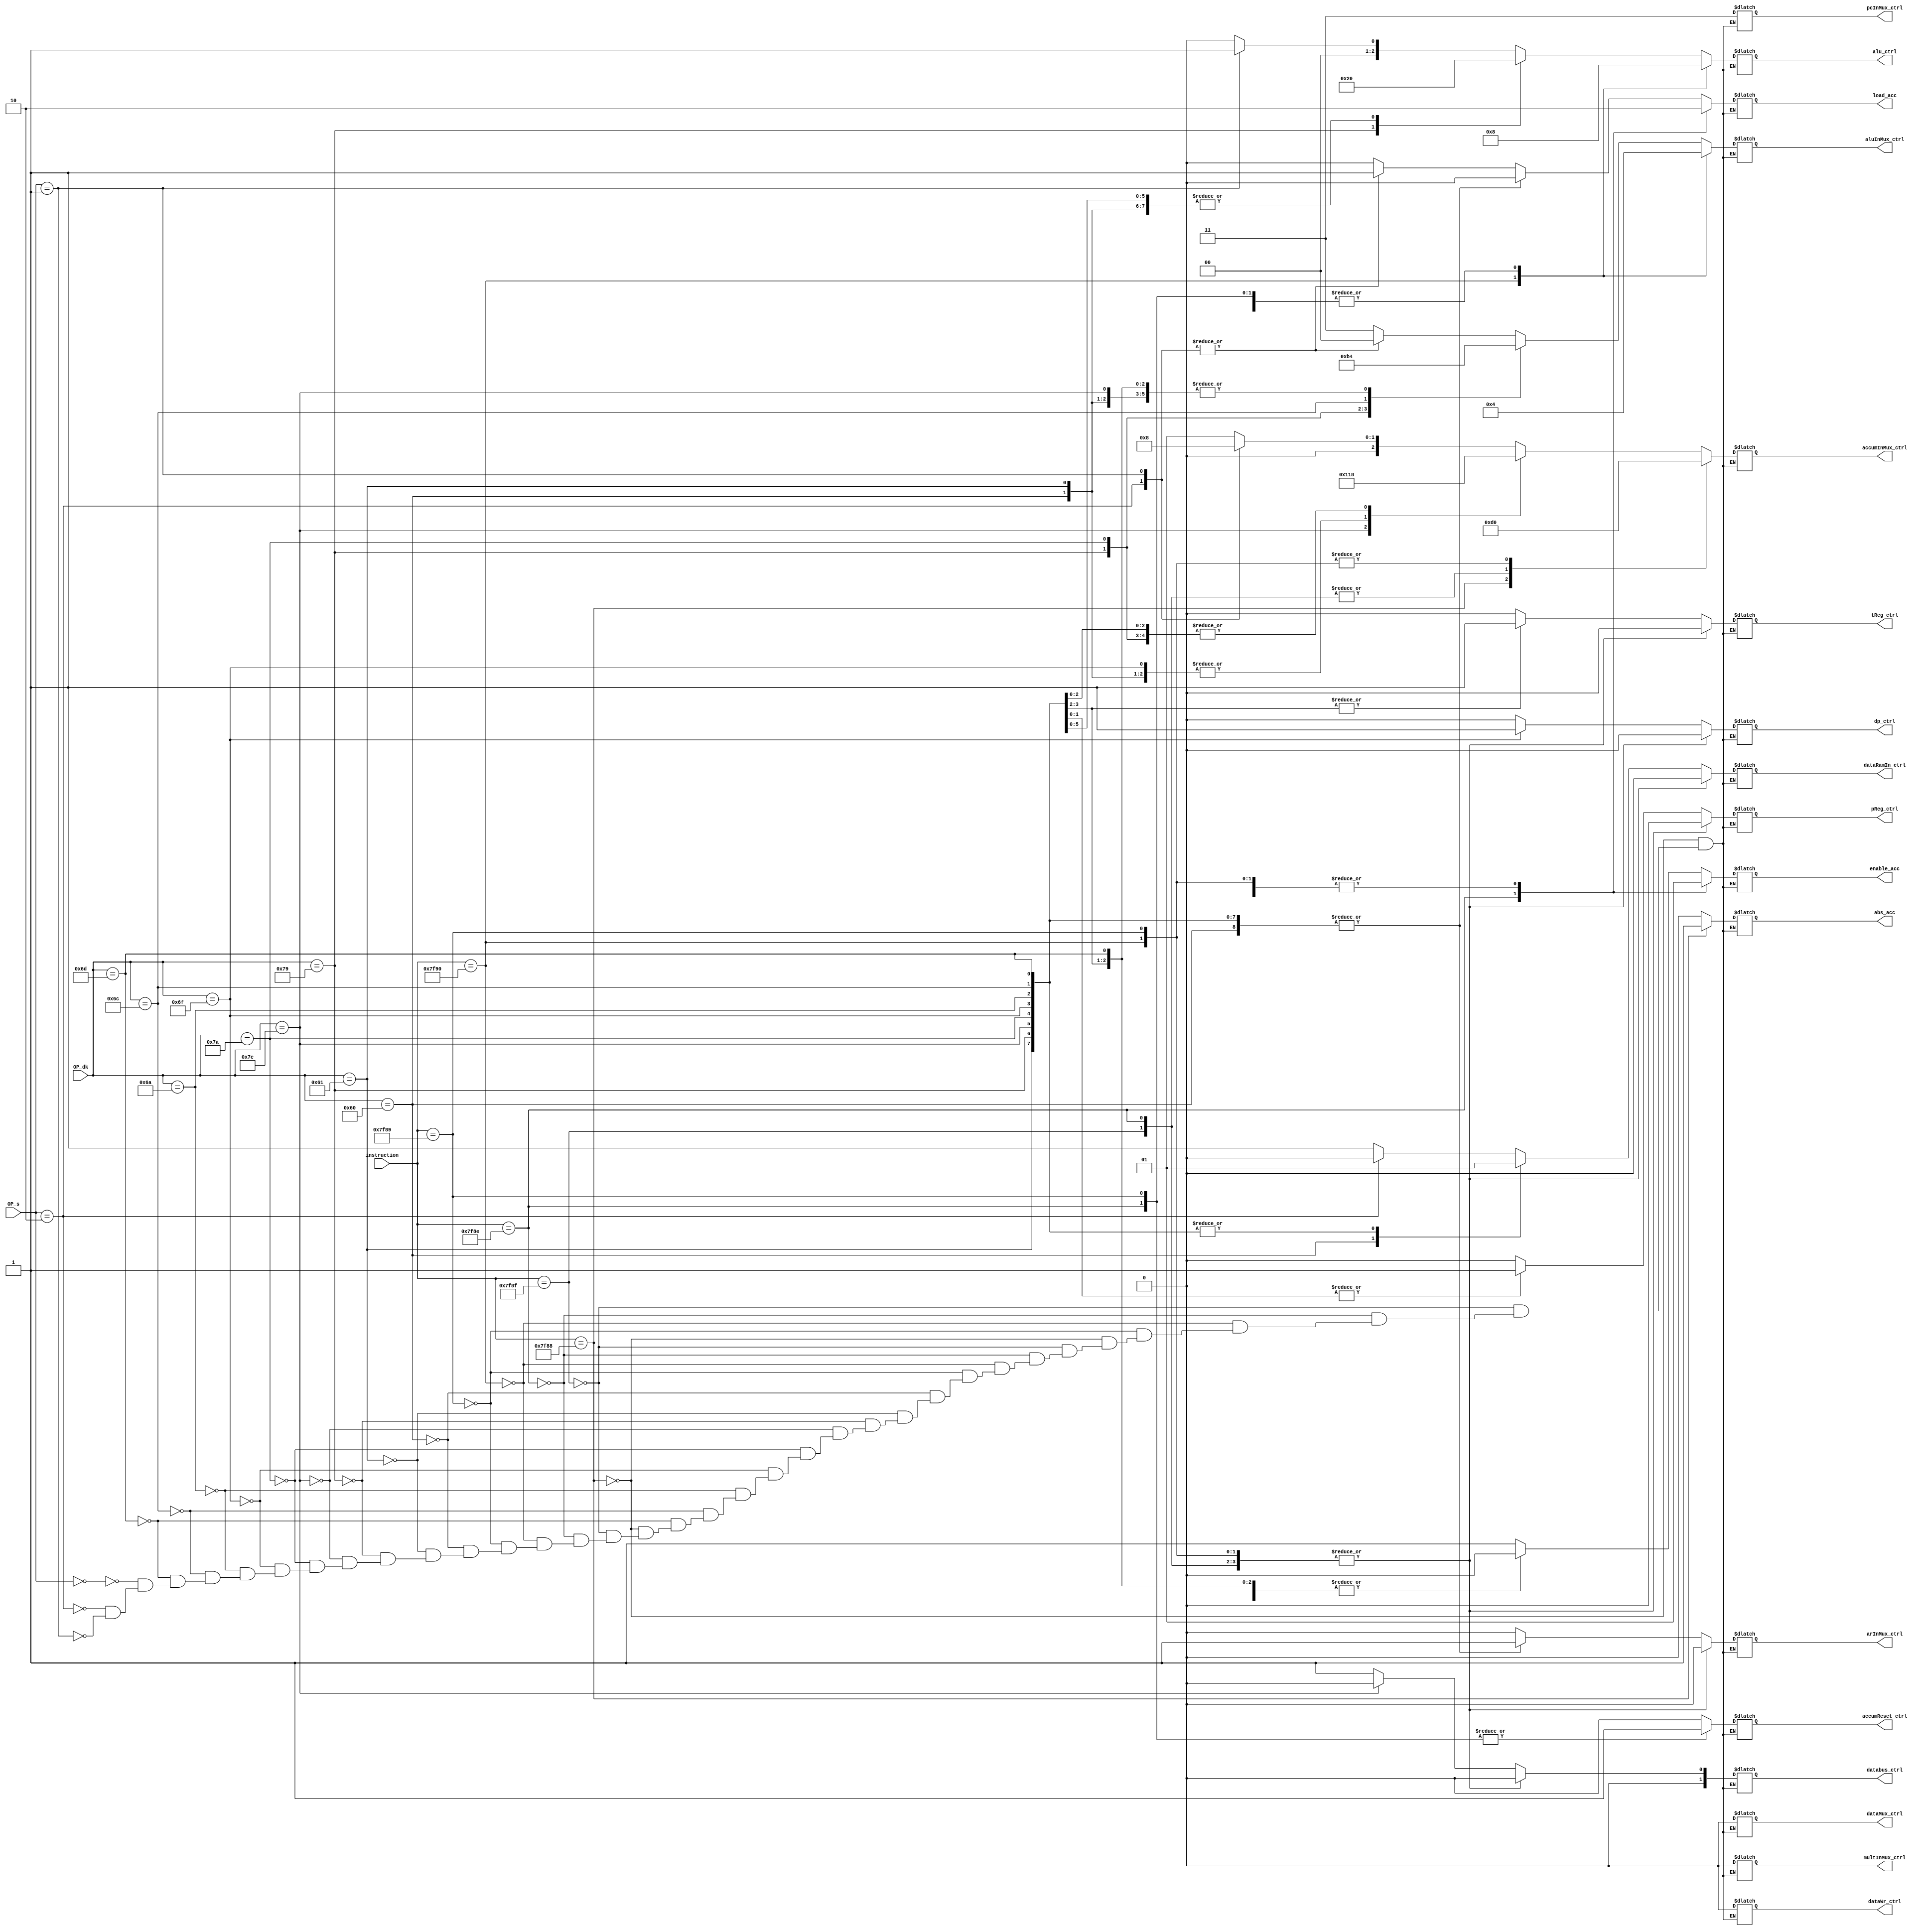
//------------------------------------------------------------------------
// Look Up Table for Control Wires
//------------------------------------------------------------------------

`define opABS   16'b0111111110001000
`define opADD   4'b0000
`define opADDH  8'b01100000
`define opADDS  8'b01100001
`define opAND   8'b01111001
`define opLAC   4'b0010
`define opLACK  8'b01111110
`define opZAC   16'b0111111110001001
`define opOR    8'b01111010
`define opSUB   4'b0001
`define opLDP   8'b01101111
`define opLT    8'b01101010
`define opLTA   8'b01101100
`define opAPAC  16'b0111111110001111
`define opPAC   16'b0111111110001110
`define opSPAC  16'b0111111110010000
`define opMPY   8'b01101101

module instructionLUT
(
    input [15:0] instruction,
    input [7:0] OP_dk,
    input [3:0] OP_s,
    output reg tReg_ctrl,
    output reg pReg_ctrl,
    output reg accumReset_ctrl,
    output reg load_acc,
    output reg abs_acc,
    output reg enable_acc,
    output reg [1:0] databus_ctrl,
    output reg multInMux_ctrl,
    output reg [1:0] aluInMux_ctrl,
    output reg [2:0] accumInMux_ctrl,
    output reg arInMux_ctrl,
    output reg dataMux_ctrl,
    output reg dataRamIn_ctrl,
    output reg dataWr_ctrl,
    output reg dp_ctrl,
    output reg [1:0] pcInMux_ctrl,
  //  output reg ioExternalMux_ctrl,
    output reg [2:0] alu_ctrl
);

    always @(*) begin
        case(instruction)
            `opABS: begin //this all happens in verilog
                tReg_ctrl = 0;
                pReg_ctrl = 0;
                accumReset_ctrl = 0;
                multInMux_ctrl = 0;
                aluInMux_ctrl = 2'b00; //0
                accumInMux_ctrl = 3'd3; //d
                arInMux_ctrl = 0;
                dataMux_ctrl = 0;
                dataRamIn_ctrl = 0;
                pcInMux_ctrl = 2'b11;
                alu_ctrl = 3'b000;
                load_acc = 0;
                abs_acc = 1;
                enable_acc = 1;
                databus_ctrl = 2'b00;
                dataWr_ctrl = 0;
                dp_ctrl = 0;
            end
            `opAPAC: begin
                tReg_ctrl = 0;
                pReg_ctrl = 0;
                accumReset_ctrl = 0;
                multInMux_ctrl = 0;
                aluInMux_ctrl = 2'b00; //b
                accumInMux_ctrl = 3'd2; //c
                arInMux_ctrl = 0;
                dataMux_ctrl = 0;
                dataRamIn_ctrl = 0;
                pcInMux_ctrl = 2'b11;
                alu_ctrl = 3'b000; //addition
                load_acc = 0;
                abs_acc = 0;
                enable_acc = 1;
                databus_ctrl = 2'b00;
                dataWr_ctrl = 0;
                dp_ctrl = 0;

            end
            `opPAC: begin
                tReg_ctrl = 0;
                pReg_ctrl = 0;
                accumReset_ctrl = 1;
                multInMux_ctrl = 0;
                aluInMux_ctrl = 2'b00;
                accumInMux_ctrl = 3'd2; //c
                arInMux_ctrl = 0;
                dataMux_ctrl = 0;
                dataRamIn_ctrl = 0;
                pcInMux_ctrl = 2'b11;
                alu_ctrl = 3'b000;
                load_acc = 1;
                abs_acc = 0;
                enable_acc = 0;
                databus_ctrl = 2'b00;
                dataWr_ctrl = 0;
                dp_ctrl = 0;

            end
            `opSPAC: begin
                tReg_ctrl = 0;
                pReg_ctrl = 0;
                accumReset_ctrl = 0;
                multInMux_ctrl = 0;
                aluInMux_ctrl = 2'b01; //b
                accumInMux_ctrl = 3'b000; //a
                arInMux_ctrl = 0;
                dataMux_ctrl = 0;
                dataRamIn_ctrl = 0;
                pcInMux_ctrl = 2'b11;
                alu_ctrl = 3'b001; //subtract
                load_acc = 0;
                abs_acc = 0;
                enable_acc = 1;
                databus_ctrl = 2'b00;
                dataWr_ctrl = 0;
                dp_ctrl = 0;
            end
            `opZAC: begin
                tReg_ctrl = 0;
                pReg_ctrl = 0;
                accumReset_ctrl = 1;
                multInMux_ctrl = 0;
                aluInMux_ctrl = 2'b00;
                accumInMux_ctrl = 3'b000;
                arInMux_ctrl = 0;
                dataMux_ctrl = 0;
                dataRamIn_ctrl = 0;
                pcInMux_ctrl = 2'b11;
                alu_ctrl = 3'b000;
                load_acc = 0;
                abs_acc = 0;
                enable_acc = 1;
                databus_ctrl = 2'b00;
                dataWr_ctrl = 0;
                dp_ctrl = 0;
            end
            default: begin
                case(OP_dk)
                    `opADDH: begin
                        tReg_ctrl = 0;
                        pReg_ctrl = 0;
                        accumReset_ctrl = 0;
                        multInMux_ctrl = 0;
                        aluInMux_ctrl = 2'b00; //0
                        accumInMux_ctrl = 3'd3; //d
                        arInMux_ctrl = 1;
                        dataMux_ctrl = 0;
                        dataRamIn_ctrl = 0;
                        pcInMux_ctrl = 2'b11;
                        alu_ctrl = 3'b000;
                        load_acc = 0;
                        abs_acc = 0;
                        enable_acc = 1;
                        databus_ctrl = 2'b01;
                        dataWr_ctrl = 0;
                        dp_ctrl = 0;


                    end
                    `opADDS: begin
                        tReg_ctrl = 0;
                        pReg_ctrl = 0;
                        accumReset_ctrl = 0;
                        multInMux_ctrl = 0;
                        aluInMux_ctrl = 2'b00; //0
                        accumInMux_ctrl = 3'd3; //d
                        arInMux_ctrl = 1;
                        dataMux_ctrl = 0;
                        dataRamIn_ctrl = 1;
                        pcInMux_ctrl = 2'b11;
                        alu_ctrl = 3'b000;
                        load_acc = 0;
                        abs_acc = 0;
                        enable_acc = 1;
                        databus_ctrl = 2'b01;
                        dataWr_ctrl = 0;
                        dp_ctrl = 0;


                    end
                    `opAND: begin
                        tReg_ctrl = 0;
                        pReg_ctrl = 0;
                        accumReset_ctrl = 0;
                        multInMux_ctrl = 0;
                        aluInMux_ctrl = 2'b10; //3
                        accumInMux_ctrl = 3'b000; //a      	// 3 bits
                        arInMux_ctrl = 1;
                        dataMux_ctrl = 0;
                        dataRamIn_ctrl = 1;
                        pcInMux_ctrl = 2'b11;
                        alu_ctrl = 3'd4;
                        load_acc = 0;
                        abs_acc = 0;
                        enable_acc = 1;
                        databus_ctrl = 2'b01;
                        dataWr_ctrl = 0;
                        dp_ctrl = 0;


                    end
                    `opLACK: begin
                        tReg_ctrl = 0;
                        pReg_ctrl = 0;
                        accumReset_ctrl = 0;
                        multInMux_ctrl = 0;
                        aluInMux_ctrl = 2'b00; //b
                        accumInMux_ctrl = 3'd4; //e
                        arInMux_ctrl = 1;
                        dataMux_ctrl = 0;
                        dataRamIn_ctrl = 1;
                        pcInMux_ctrl = 2'b11;
                        alu_ctrl = 3'b000;
                        load_acc = 0;
                        abs_acc = 0;
                        enable_acc = 1;
                        databus_ctrl = 2'b00;
                        dataWr_ctrl = 0;
                        dp_ctrl = 0;

                    end
                    `opOR: begin
                        tReg_ctrl = 0;
                        pReg_ctrl = 0;
                        accumReset_ctrl = 0;
                        multInMux_ctrl = 0;
                        aluInMux_ctrl = 3'd7; //7 OR
                        accumInMux_ctrl = 3'b000; //a
                        arInMux_ctrl = 1;
                        dataMux_ctrl = 0;
                        dataRamIn_ctrl = 1;
                        pcInMux_ctrl = 2'b11;
                        alu_ctrl = 3'd0;
                        load_acc = 0;
                        abs_acc = 0;
                        enable_acc = 0;
                        databus_ctrl = 2'b01;
                        dataWr_ctrl = 0;
                        dp_ctrl = 0;

                    end
                    `opLDP: begin
                        tReg_ctrl = 1;
                        pReg_ctrl = 0;
                        accumReset_ctrl = 0;
                        multInMux_ctrl = 0;
                        aluInMux_ctrl = 2'b00;
                        accumInMux_ctrl = 3'b011;
                        arInMux_ctrl = 1;
                        dataMux_ctrl = 0;
                        dataRamIn_ctrl = 1;
                        pcInMux_ctrl = 2'b11;
                        alu_ctrl = 3'b000;
                        load_acc = 0;
                        abs_acc = 0;
                        enable_acc = 0;
                        databus_ctrl = 2'b01;
                        dataWr_ctrl = 0;
                        dp_ctrl = 1;

                    end
                    `opLT: begin
                        tReg_ctrl = 1;
                        pReg_ctrl = 0;
                        accumReset_ctrl = 0;
                        multInMux_ctrl = 0;
                        aluInMux_ctrl = 2'b00; //b
                        accumInMux_ctrl = 3'b000; //a
                        arInMux_ctrl = 1;
                        dataMux_ctrl = 0;
                        dataRamIn_ctrl = 1;
                        pcInMux_ctrl = 2'b11;
                        alu_ctrl = 3'b000;
                        load_acc = 0;
                        abs_acc = 0;
                        enable_acc = 0;
                        databus_ctrl = 2'b01;
                        dataWr_ctrl = 0;
                        dp_ctrl = 0;

                    end
                    `opLTA: begin
                        tReg_ctrl = 0;
                        pReg_ctrl = 1;
                        accumReset_ctrl = 0;
                        multInMux_ctrl = 0;
                        aluInMux_ctrl = 2'b01; //b
                        accumInMux_ctrl = 3'b000; //a
                        arInMux_ctrl = 1;
                        dataMux_ctrl = 0;
                        dataRamIn_ctrl = 1;
                        pcInMux_ctrl = 2'b11;
                        alu_ctrl = 3'b000;
                        load_acc = 0;
                        abs_acc = 0;
                        enable_acc = 1;
                        databus_ctrl = 2'b01;
                        dataWr_ctrl = 0;
                        dp_ctrl = 0;

                    end
                    `opMPY: begin
                        tReg_ctrl = 0;
                        pReg_ctrl = 1;
                        accumReset_ctrl = 0;
                        multInMux_ctrl = 0; //0
                        aluInMux_ctrl = 2'b00; //a
                        accumInMux_ctrl = 3'b000; //a
                        arInMux_ctrl = 1;
                        dataMux_ctrl = 0;
                        dataRamIn_ctrl = 1;
                        pcInMux_ctrl = 2'b11;
                        alu_ctrl = 3'b000;
                        load_acc = 0;
                        abs_acc = 0;
                        enable_acc = 0;
                        databus_ctrl = 2'b01;
                        dataWr_ctrl = 0;
                        dp_ctrl = 0;


                    end
                    default: begin
                        case(OP_s)
                            `opADD: begin
                            tReg_ctrl = 0;
                            pReg_ctrl = 0;
                            accumReset_ctrl = 0;
                            multInMux_ctrl = 0;
                            aluInMux_ctrl = 2'd3; //3
                            accumInMux_ctrl = 3'b001; //b
                            arInMux_ctrl = 0;
                            dataMux_ctrl = 0;
                            dataRamIn_ctrl = 1;
                            pcInMux_ctrl = 2'b11;
                            alu_ctrl = 3'd0;
                            load_acc = 0;
                            abs_acc = 0;
                            enable_acc = 1;
                            databus_ctrl = 2'b01;
                            dataWr_ctrl = 0;
                            dp_ctrl = 0;

                            end
                            `opLAC: begin
                              tReg_ctrl = 0;
                              pReg_ctrl = 0;
                              accumReset_ctrl = 0;
                              multInMux_ctrl = 0;
                              aluInMux_ctrl = 2'b00; //b
                              accumInMux_ctrl = 3'd2; //c
                              arInMux_ctrl = 0;
                              dataMux_ctrl = 0;
                              dataRamIn_ctrl = 0;
                              pcInMux_ctrl = 2'b11;
                              alu_ctrl = 3'b000;
                              load_acc = 1;
                              abs_acc = 0;
                              enable_acc = 1;
                              databus_ctrl = 2'b01;
                              dataWr_ctrl = 0;
                              dp_ctrl = 0;

                            end
                            `opSUB: begin
                                tReg_ctrl = 0;
                                pReg_ctrl = 0;
                                accumReset_ctrl = 0;
                                multInMux_ctrl = 0;
                                aluInMux_ctrl = 2'd0; //0
                                accumInMux_ctrl = 3'b000; //a
                                arInMux_ctrl = 0;
                                dataMux_ctrl = 0;
                                dataRamIn_ctrl = 1;
                                pcInMux_ctrl = 2'b11;
                                alu_ctrl = 3'd1;
                                load_acc = 1;
                                abs_acc = 0;
                                enable_acc = 1;
                                databus_ctrl = 2'b01;
                                dataWr_ctrl = 0;
                                dp_ctrl = 0;


                            end
                            default: begin

                            end // default
                        endcase // case(OP_s: 4bit)
                    end // default
                endcase // case(OP_dk: 8bit)
            end // default
        endcase // case(instruction: 16bit)
    end // always
endmodule